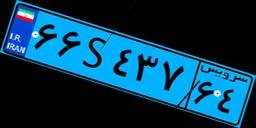
۶۶S۴۳۷۶۴